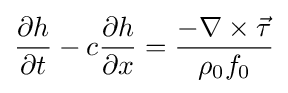
{\partial h \over \partial t}-c{\partial h \over \partial x}={\frac {-\nabla \times {\vec {\tau }}}{\rho _{0}f_{0}}}